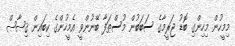
މިމީހުން މިހިންގި ބޮޑު ޖަރީމާގެ ސަބަބުން މުސްޠަފާ ބޭނުންވީ އެމީހުންގެ ކިބައިން ޤިޞާޞް